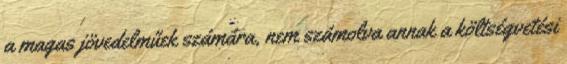
a magas jövedelműek számára, nem számolva annak a költségvetési